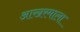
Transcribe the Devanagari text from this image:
आखरमाला